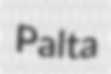
Palta